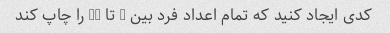
کدی ایجاد کنید که تمام اعداد فرد بین 1 تا 20 را چاپ کند